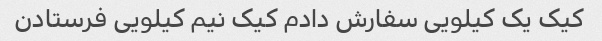
کیک یک کیلویی سفارش دادم کیک نیم کیلویی فرستادن